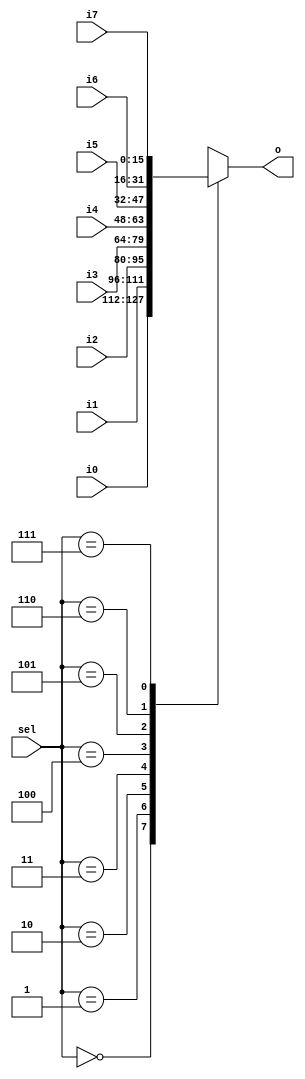
`timescale 1ns / 1ps

module mux8_1_16(
		output reg [15:0] o,
		input[15:0] i0, i1, i2, i3, i4, i5, i6, i7,
		input[2:0] sel);
	//reg[15:0] o;
	
	always @ (i0 or i1 or i2 or i3 or i4 or i5 or i6 or i7 or sel)
	case(sel)
		0: o= i0;
		1: o= i1;
		2: o= i2;
		3: o= i3;
		4: o= i4;
		5: o= i5;
		6: o= i6;
		7: o= i7;
	endcase

endmodule

module tb_mux8_1_16;
	reg[15:0] i0, i1, i2, i3, i4, i5, i6, i7;
	reg[2:0] sel;
	wire[15:0] o;
	
	mux8_1_16 m(o, i0, i1, i2, i3, i4, i5, i6, i7, sel);
	
	initial
	begin
		i0=0; i1=1; i2=2; i3=3; i4=4; i5 = 5; i6=6; i7=7;
		#10 sel=0;
		#10 sel=1;
		#10 sel=2;
		#10 sel=3;
		#10 sel=4;
		#10 sel=5;
		#10 sel=6;
		#10 sel=7;
		#10 sel=6;
		#10 sel=1;
	end
endmodule